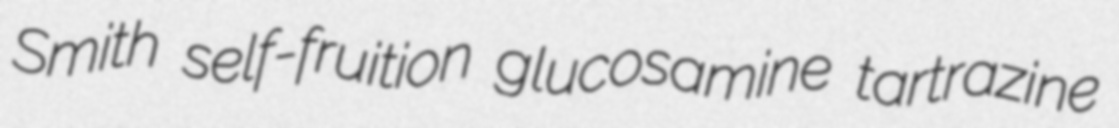
Smith self-fruition glucosamine tartrazine